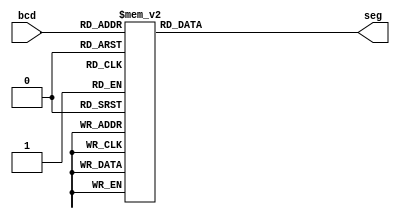
`timescale 1ns / 1ps
module bcd2sevenseg(
    input [3:0] bcd,
    output reg [6:0] seg
    );
always @(bcd)
begin
    case (bcd)
        0 : seg <= 7'b1111110;
        1 : seg <= 7'b0110000;
        2 : seg <= 7'b1101101;
        3 : seg <= 7'b1111001;
        4 : seg <= 7'b0110011;
        5 : seg <= 7'b1011011;
        6 : seg <= 7'b1011111;
        7 : seg <= 7'b1110000;
        8 : seg <= 7'b1111111;
        9 : seg <= 7'b1111011;
        10 : seg <= 7'b1110111;
        11 : seg <= 7'b0011111;
        12 : seg <= 7'b1001110;
        13 : seg <= 7'b0111101;
        14 : seg <= 7'b1001111;
        15 : seg <= 7'b1000111;
        default : seg <= 7'b0000000; 
    endcase
end  
endmodule